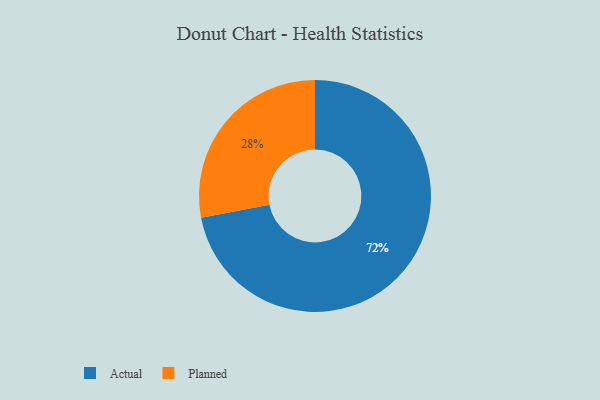
{"axis": {"x": "Category", "y": "Percentage"}, "legend": ["Actual", "Planned"], "data": [{"x": "Actual", "y": 72, "type": "Actual"}, {"x": "Planned", "y": 28, "type": "Planned"}]}